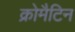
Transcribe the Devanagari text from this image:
क्रोमैटिन